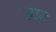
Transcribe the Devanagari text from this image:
उग्रः